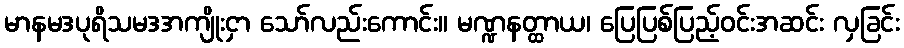
မာနမဒပုရိသမဒအကျိုးငှာ သော်လည်းကောင်း။ မဏ္ဍနတ္ထာယ၊ ပြေပြစ်ပြည့်ဝင်းအဆင်း လှခြင်း